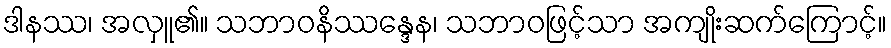
ဒါနဿ၊ အလှူ၏။ သဘာဝနိဿန္ဒေန၊ သဘာဝဖြင့်သာ အကျိုးဆက်ကြောင့်။